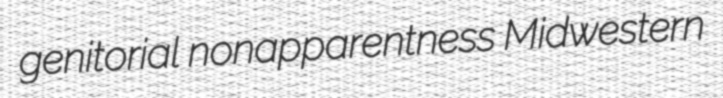
genitorial nonapparentness Midwestern